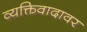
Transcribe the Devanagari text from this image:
व्यक्तिवादावर